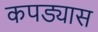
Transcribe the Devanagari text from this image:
कपड्यास